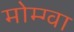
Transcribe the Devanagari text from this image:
मोम्ग्वा